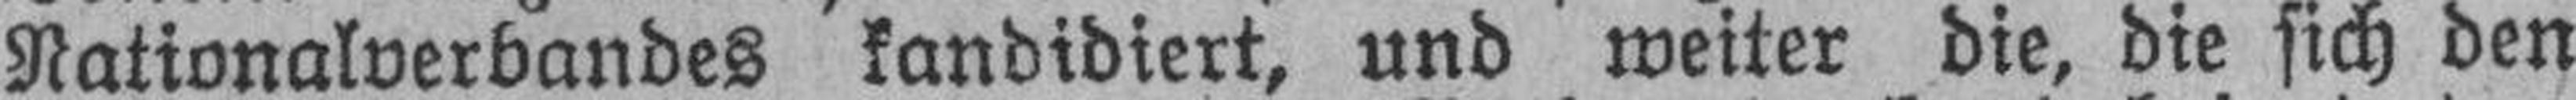
Nationalverbandes kandidiert, und weiter die, die sich den